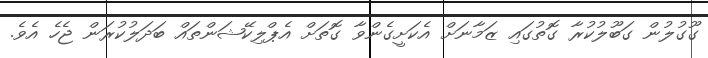
ގޫގުލުން ގަބޫލުކުރާ ގޮތުގައި ޒަމާނަށް އެކަށީގެންވާ ގޮތަށް އެޕްލިކޭޝަންތައް ބަދަލުކުރަން ޖެހެ އެވެ.